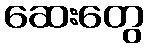
ဆေးတွေ